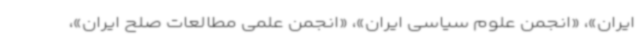
ایران»، «انجمن علوم سیاسی ایران»، «انجمن علمی مطالعات صلح ایران»،